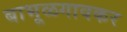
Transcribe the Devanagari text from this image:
बाभूळगावकर